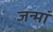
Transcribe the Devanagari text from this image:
जन्मां